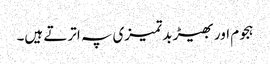
ہجوم اور بھیڑ بدتمیزی پہ اترتے ہیں۔